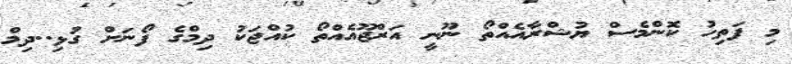
މި ފަތިހު ކޮންމެސް ޔުޝްރާއެއްތޯ ނޫނީ އަރްޖޫއެއްތޯ ކުއްޖަކު ދިމްގެ ފޯނަށް ގުޅި..ދިމް